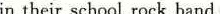
in their school rock band